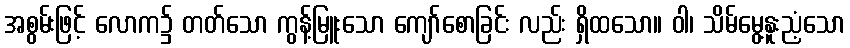
အစွမ်းဖြင့် လောက၌ တတ်သော ကွန့်မြူးသော ကျော်စောခြင်း လည်း ရှိထသော။ ဝါ၊ သိမ်မွေ့နူးညံ့သော